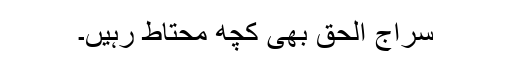
سراج الحق بھی کچھ محتاط رہیں۔